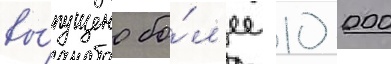
вы́пущено бо́л'ее 10 000